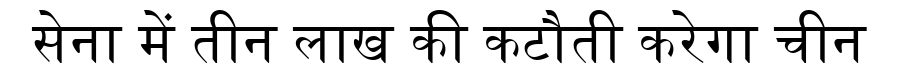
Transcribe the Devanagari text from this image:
सेना में तीन लाख की कटौती करेगा चीन